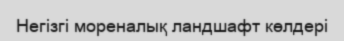
Негізгі мореналық ландшафт көлдері